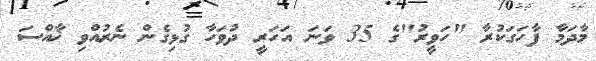
މާދަމާ ފާހަގަކުރާ "ހަވީރު"ގެ 35 ވަނަ އަހަރީ ދުވަހާ ގުޅިގެން ނެރުއްވި ޚާއްސަ